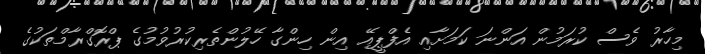
މިހާރު ވެސް ކުރަމުން އަންނަ ކަމަށާއި އެފްޕީއޭ އިން ހިންގާ ހޭލުންތެރިކުރުވުމުގެ ޕްރޮގްރާމްތަކުގެ